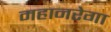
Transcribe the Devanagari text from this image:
महानरेगा